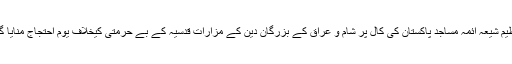
تنظیم شیعہ آئمہ مساجد پاکستان کی کال پر شام و عراق کے بزرگان دین کے مزارات قدسیہ کے بے حرمتی کیخلاف یوم احتجاج منایا گیا۔